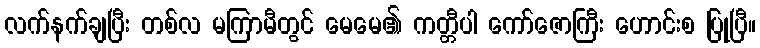
လက်နက်ချပြီး တစ်လ မကြာမီတွင် မေမေ၏ ကတ္တီပါ ကော်ဇောကြီး ဟောင်းစ ပြုပြီ။